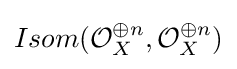
Isom({\mathcal {O}}_{X}^{\oplus n},{\mathcal {O}}_{X}^{\oplus n})